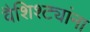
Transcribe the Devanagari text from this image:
वैशिश्ट्यांना